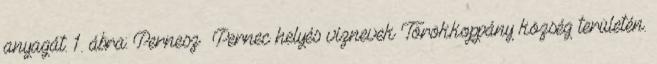
anyagát. 1. ábra: Pernesz Pernec helyés víznevek Törökkoppány község területén.